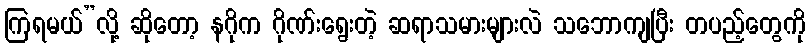
ကြရမယ်”လို့ ဆိုတော့ နဂိုက ဂိုဏ်းရွေးတဲ့ ဆရာသမားများလဲ သဘောကျပြီး တပည့်တွေကို